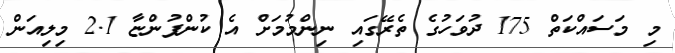
މި މަސައްކަތް 175 ދުވަހުގެ ތެރޭގައި ނިންމުމަށް އެ ކުންފުންޏާ 2.1 މިލިއަން